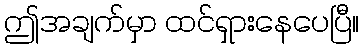
ဤအချက်မှာ ထင်ရှားနေပေပြီ။